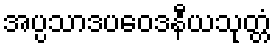
အပ္ပသာဒပဝေဒနီယသုတ္တံ